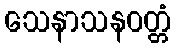
သေနာသနဝတ္တံ